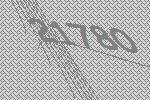
21780